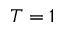
T = 1